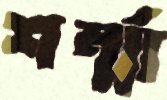
শর্ম্মা